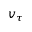
v _ { \tau }